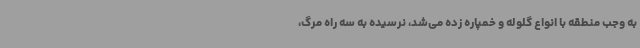
به وجب منطقه با انواع گلوله و خمپاره زده می‌شد، نرسیده به سه راه مرگ،